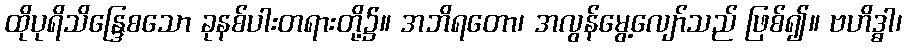
ထိုပုရိသိန္ဒြေစသော ခုနစ်ပါးတရားတို့၌။ အဘိရတော၊ အလွန်မွေ့လျော်သည် ဖြစ်၍။ ဗဟိဒ္ဓါ၊